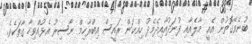
ބުނެވޭގޮތުން އެއީ މާލެއާއި ފުނަދުއާއިދެމެދު ހިއްކަން ރައީސް އިބްރާހިމް ނާސިރު އެޅުއްވިހާ ގާތަކެވެ.